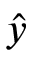
\hat { y }